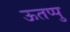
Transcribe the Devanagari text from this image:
ऊतप्पु